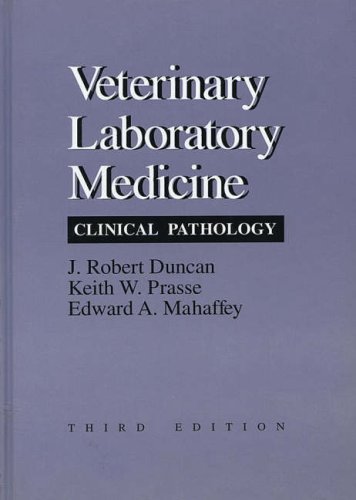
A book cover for Veterinary Laboratory Medicine: Clinical Pathology; J. Robert Duncan; Medical Books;